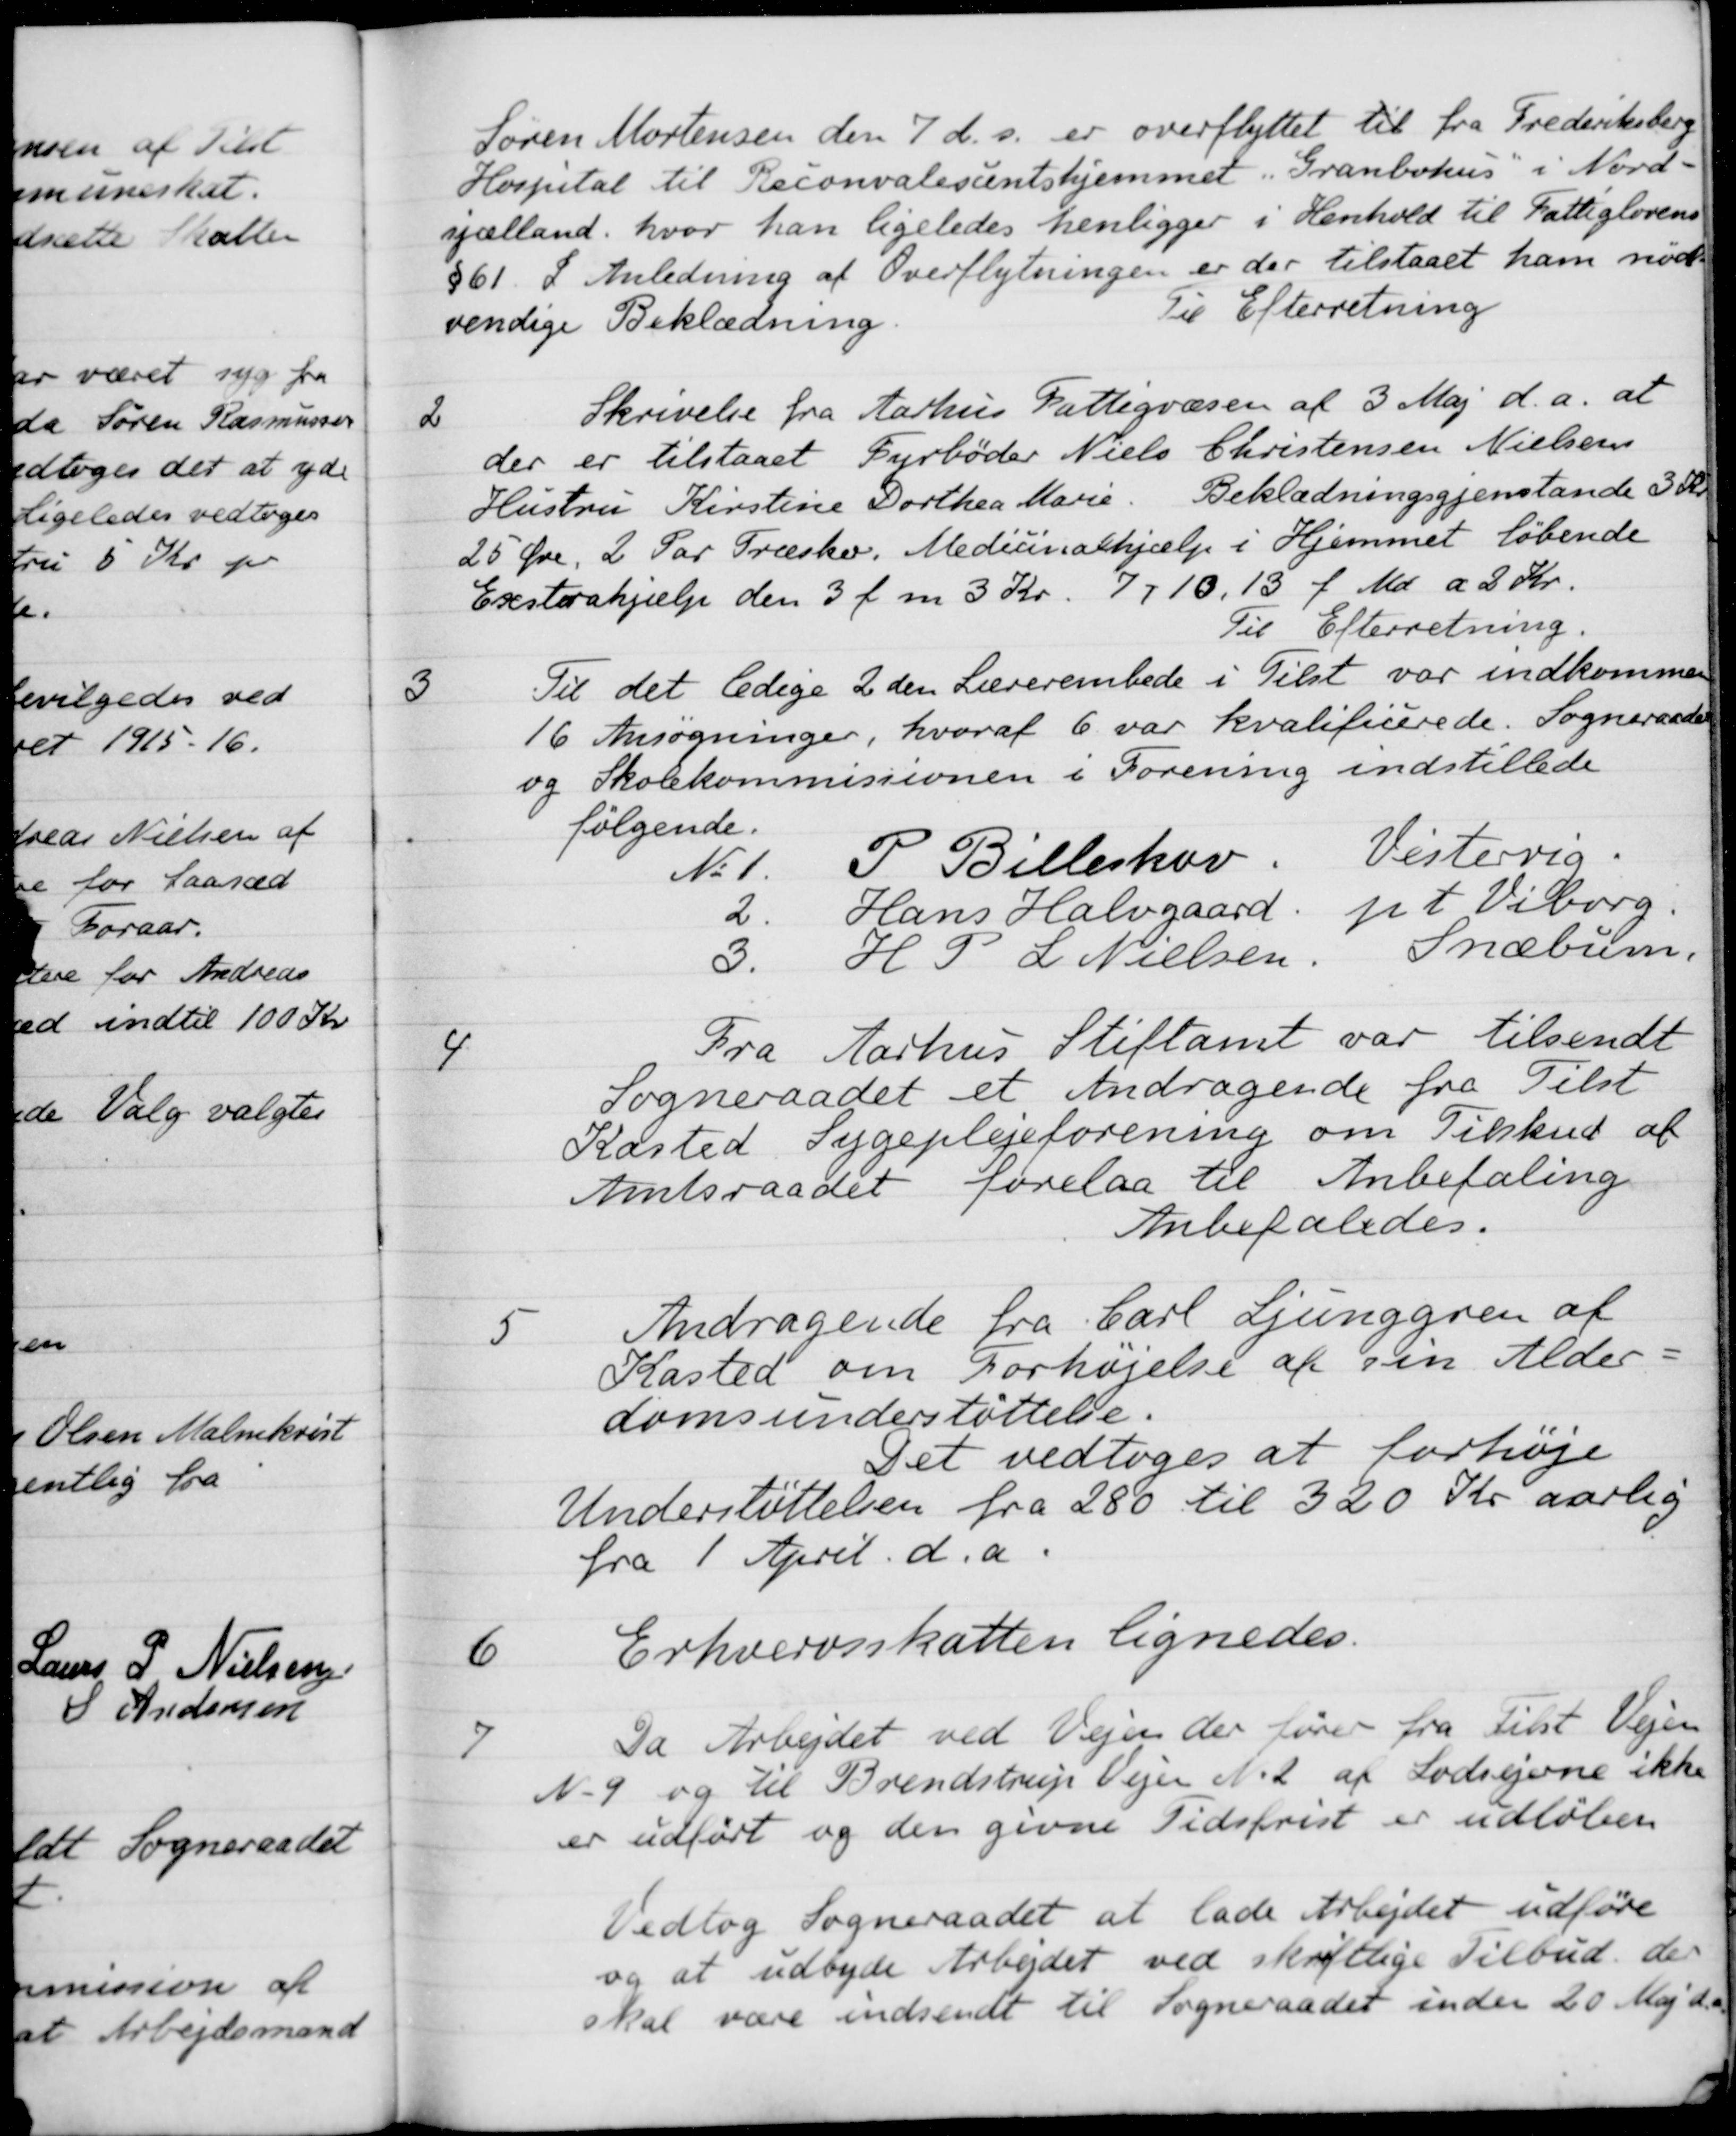
Transskription:
Søren Mortensen den 7 ds. er overflyttet til fra Frederiksberg
Hospital til Reconvalesentshjemmet. "Granbohus" i Nord-
sjælland, hvor han ligeledes henligger i Henhold til Fattiglovens
§61. I Anledning af Overflytningen er der tilstaaet ham nød
vendige Beklædning.
Til Efterretning
2
Skrivelse fra Aarhus Fattigvæsen af 3 Maj d.a. at
der er tilstaaet Fyrbøder Niels Christensen Nielsens
Hustru Kirstine Dorthea Marie. Beklædningsgjenstande 3 Kr
25 Øre, 2 Par Træsko. Medicinalhjælp i Hjemmet løbende
Exstrahjælp den 3 f. m 3 Kr. 7,10,13 f. Md. a 2 Kr.
Til Efterretning
3
Til det ledige 2 den Lærerembede i Tilst var indkommen
16 Ansøgninger, hvoraf 6 var kvalificerede. Sogneraadet
og Skolekommissionen i Forening indstillede
følgende.
No 1
P. Billeskov
Vestervig.
2
Hans Halvgaard
pt Viborg.
3.
H. P. L. Nielsen
Snæbum.
4
Fra Aarhus Stiftamt var tilsendt
Sogneraadet et Andragende fra Tilst
Kasted Sygeplejeforening om Tilskud af
Amtsraadet forelaa til Anbefaling
Anbefaledes.
5
Andragende fra Carl Ljunggren af
Kasted om Forhøjelse af sin Alder
domsunderstøttelse.
Det vedtoges at forhøje
Understøttelsen fra 280 til 320 Kr aarlig
fra 1 April d.a.
6
Erhvervsskatten lignedes.
7
Da Arbejdet ved Vejen der fører fra Tilst Vejen
N. 9 og til Brendstrup Vejen N. 2 af Lodsejerne ikke
er udført og den givne Tidsfrist er udløben
Vedtog Sogneraadet at lade Arbejdet udføre
og at udbyde Arbejdet ved skriftlige Tilbud der
skal være indsendt til Sogneraadet inden 20 Maj d.a.